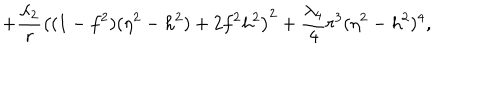
LaTeX: + \frac { \lambda _ { 2 } } { r } \left( ( 1 - f ^ { 2 } ) ( \eta ^ { 2 } - h ^ { 2 } ) + 2 f ^ { 2 } h ^ { 2 } \right) ^ { 2 } + \frac { \lambda _ { 4 } } { 4 } r ^ { 3 } ( \eta ^ { 2 } - h ^ { 2 } ) ^ { 4 } ,